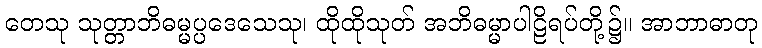
တေသု သုတ္တာဘိဓမ္မပ္ပဒေသေသု၊ ထိုထိုသုတ် အဘိဓမ္မာပါဠိရပ်တို့၌။ အာဘာဓာတု